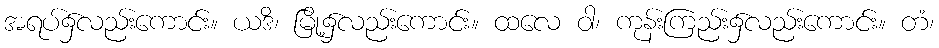
အရပ်၌လည်းကောင်း။ ယဒိ၊ မြို့၌လည်းကောင်း။ ထလေ ဝါ၊ ကုန်းကြည်း၌လည်းကောင်း။ တံ၊